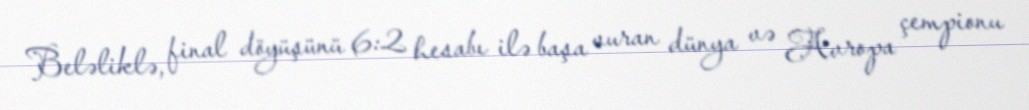
Beləliklə, final döyüşünü 6:2 hesabı ilə başa vuran dünya və Avropa çempionu